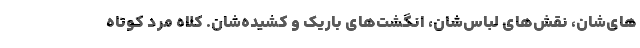
های‌شان، نقش‌های لباس‌شان، انگشت‌های باریک و کشیده‌شان. کلاه مرد کوتاه